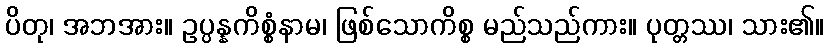
ပိတု၊ အဘအား။ ဥပ္ပန္နကိစ္စံနာမ၊ ဖြစ်သောကိစ္စ မည်သည်ကား။ ပုတ္တဿ၊ သား၏။